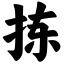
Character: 拣